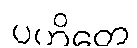
ပဟိတေ